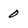
Character: 0